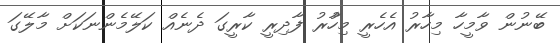
ބޭނުން ވާމީހާ މިހާރު އެހެރީ މިހާުރު ފާދިރީ ކާރީގަ ދެނެއް ކަލޭމެންނަކަށް މާލޭގަ